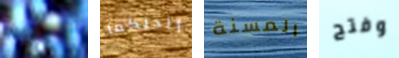
شقية ألديكما المسنة وفتح